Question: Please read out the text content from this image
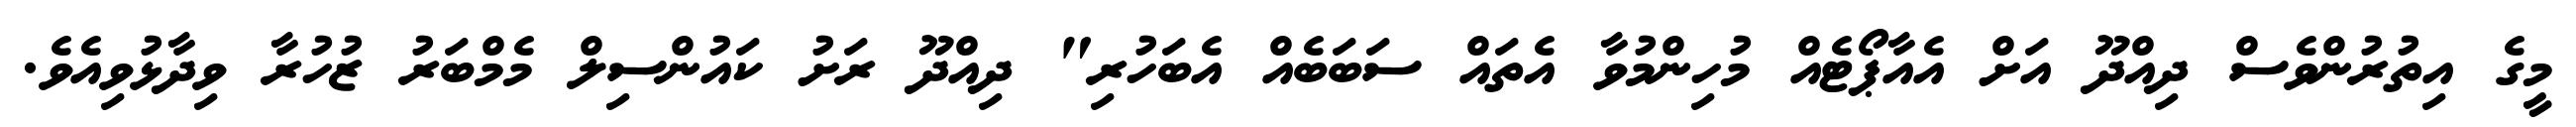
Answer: މީގެ އިތުރުންވެސް ދިއްދޫ އަށް އެއާޕޯޓެއް މުހިންމުވާ އެތައް ސަބަބެއް އެބަހުރި" ދިއްދޫ ރަށު ކައުންސިލް މެމްބަރު ޒުހުރާ ވިދާޅުވިއެވެ.